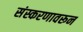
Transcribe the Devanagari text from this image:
संस्करणावरून